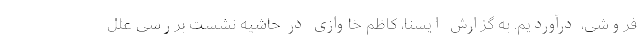
فروشی، درآوردیم. به گزارش ایسنا، کاظم خاوازی در حاشیه نشست بررسی علل